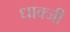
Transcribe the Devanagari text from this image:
धाक्जी